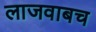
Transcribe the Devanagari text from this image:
लाजवाबच